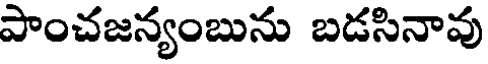
పాంచజన్యంబును బడసినావు